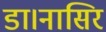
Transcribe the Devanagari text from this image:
डा।नासिर